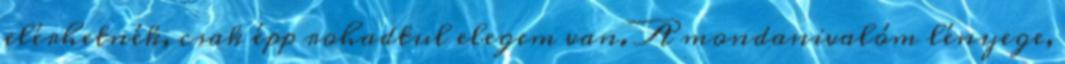
elérhetnék, csak épp rohadtul elegem van. A mondanivalóm lényege,